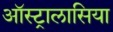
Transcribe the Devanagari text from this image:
ऑस्ट्रालासिया